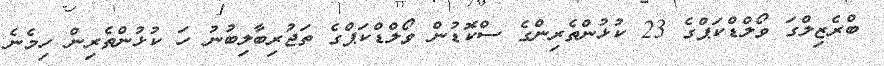
ބްރެޒިލްގަ ވޯލްޑްކަޕްގެ 23 ކުޅުންތެރިންގެ ސްކޮޑުން ވޯލްޑްކަޕްގެ ތަޖުރިބާލިބުނު ހަ ކުޅުންތެރިން ހިމެނެ